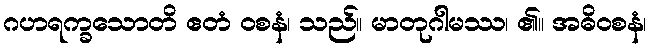
ဂဟရက္ခသောတိ ဧတံ ဝစနံ၊ သည်။ မာတုဂါမဿ၊ ၏။ အဓိဝစနံ၊